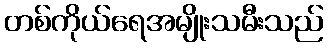
တစ်ကိုယ်ရေအမျိုးသမီးသည်